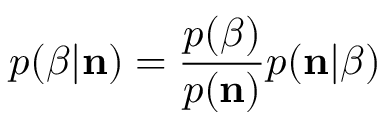
p ( \beta | { \bf n } ) = \frac { p ( \beta ) } { p ( { \bf n } ) } p ( { \bf n } | \beta )